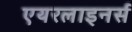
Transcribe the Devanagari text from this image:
एयरलाइनर्स